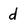
Character: d